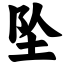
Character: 坠